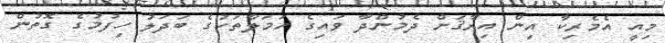
މިއީ އެމެރިކާ އިން އިރާޤަށް ދެމުންދާ ވައިގެ ހަމަލާތަކުގެ ބަދަލު ހިފުމުގެ ގޮތުން